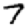
Digit: 7